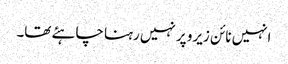
انہیں نائن زیرو پر نہیں رہنا چاہئے تھا۔